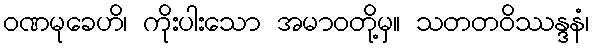
ဝဏမုခေဟိ၊ ကိုးပါးသော အမာဝတို့မှ။ သတတဝိဿန္ဒနံ၊